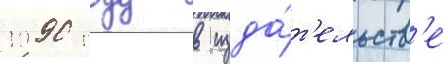
1990 году в изда́т'ельств'е